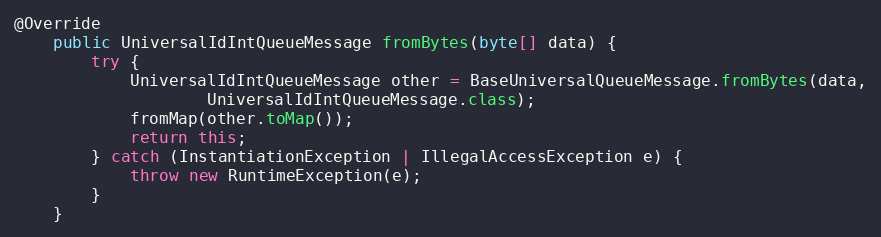
Language: Java
@Override
    public UniversalIdIntQueueMessage fromBytes(byte[] data) {
        try {
            UniversalIdIntQueueMessage other = BaseUniversalQueueMessage.fromBytes(data,
                    UniversalIdIntQueueMessage.class);
            fromMap(other.toMap());
            return this;
        } catch (InstantiationException | IllegalAccessException e) {
            throw new RuntimeException(e);
        }
    }